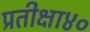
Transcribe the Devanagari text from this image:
प्रतीक्षा४०